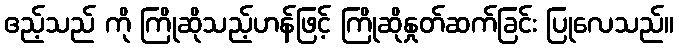
ဧည့်သည် ကို ကြိုဆိုသည့်ဟန်ဖြင့် ကြိုဆိုနှုတ်ဆက်ခြင်း ပြုလေသည်။